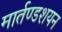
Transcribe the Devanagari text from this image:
मार्तण्डशयन